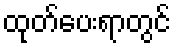
ထုတ်ပေးရာတွင်